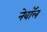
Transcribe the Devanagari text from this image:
नेवॉल